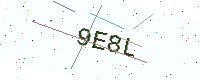
Text: 9E8L